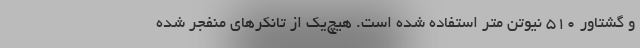
و گشتاور 510 نیوتن متر استفاده شده است. هیچ‌یک از تانکرهای منفجر شده